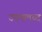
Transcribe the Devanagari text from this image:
उपमलब्द